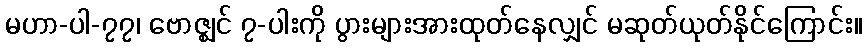
မဟာ-ပါ-၇၇၊ ဗောဇ္ဈင် ၇-ပါးကို ပွားများအားထုတ်နေလျှင် မဆုတ်ယုတ်နိုင်ကြောင်း။